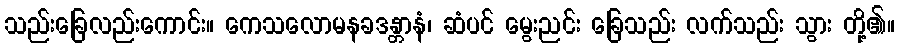
သည်းခြေလည်းကောင်း။ ကေသလောမနခဒန္တာနံ၊ ဆံပင် မွေးညင်း ခြေသည်း လက်သည်း သွား တို့၏။